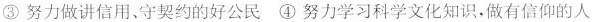
③努力做讲信用、守契约的好公民④努力学习科学文化知识，做有信仰的人